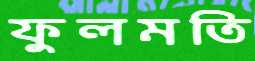
ফুলমতি